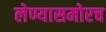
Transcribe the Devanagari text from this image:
लेण्यासमोरच